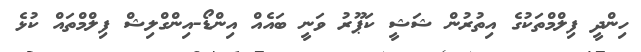
ހިންދީ ފިލްމްތަކުގެ އިތުރުން ޝަޝީ ކަޕޫރު ވަނީ ބައެއް އިންޑޯ-އިންގްލިޝް ފިލްމްތައް ކުޅެ